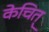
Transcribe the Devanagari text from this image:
केचित्